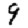
Digit: 9